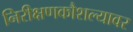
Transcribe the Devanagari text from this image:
निरीक्षणकौशल्यावर